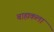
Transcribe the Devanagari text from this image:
बाह्यकला